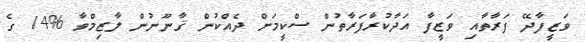
ވަޒީފާދޭ ފަރާތާއި ވަޒީފާ އަދާކުރާފަރާތުން ސްކީމަށް ދެއްކުން ޤާނޫނުން ލާޒިމްވާ %14 ގެ